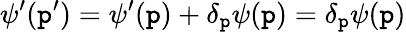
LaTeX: \psi^{\prime}(\mathtt{p}^{\prime})=\psi^{\prime}(\mathtt{p})+\delta_{\mathtt{p}}\psi(\mathtt{p})=\delta_{\mathtt{p}}\psi(\mathtt{p})